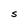
Character: S